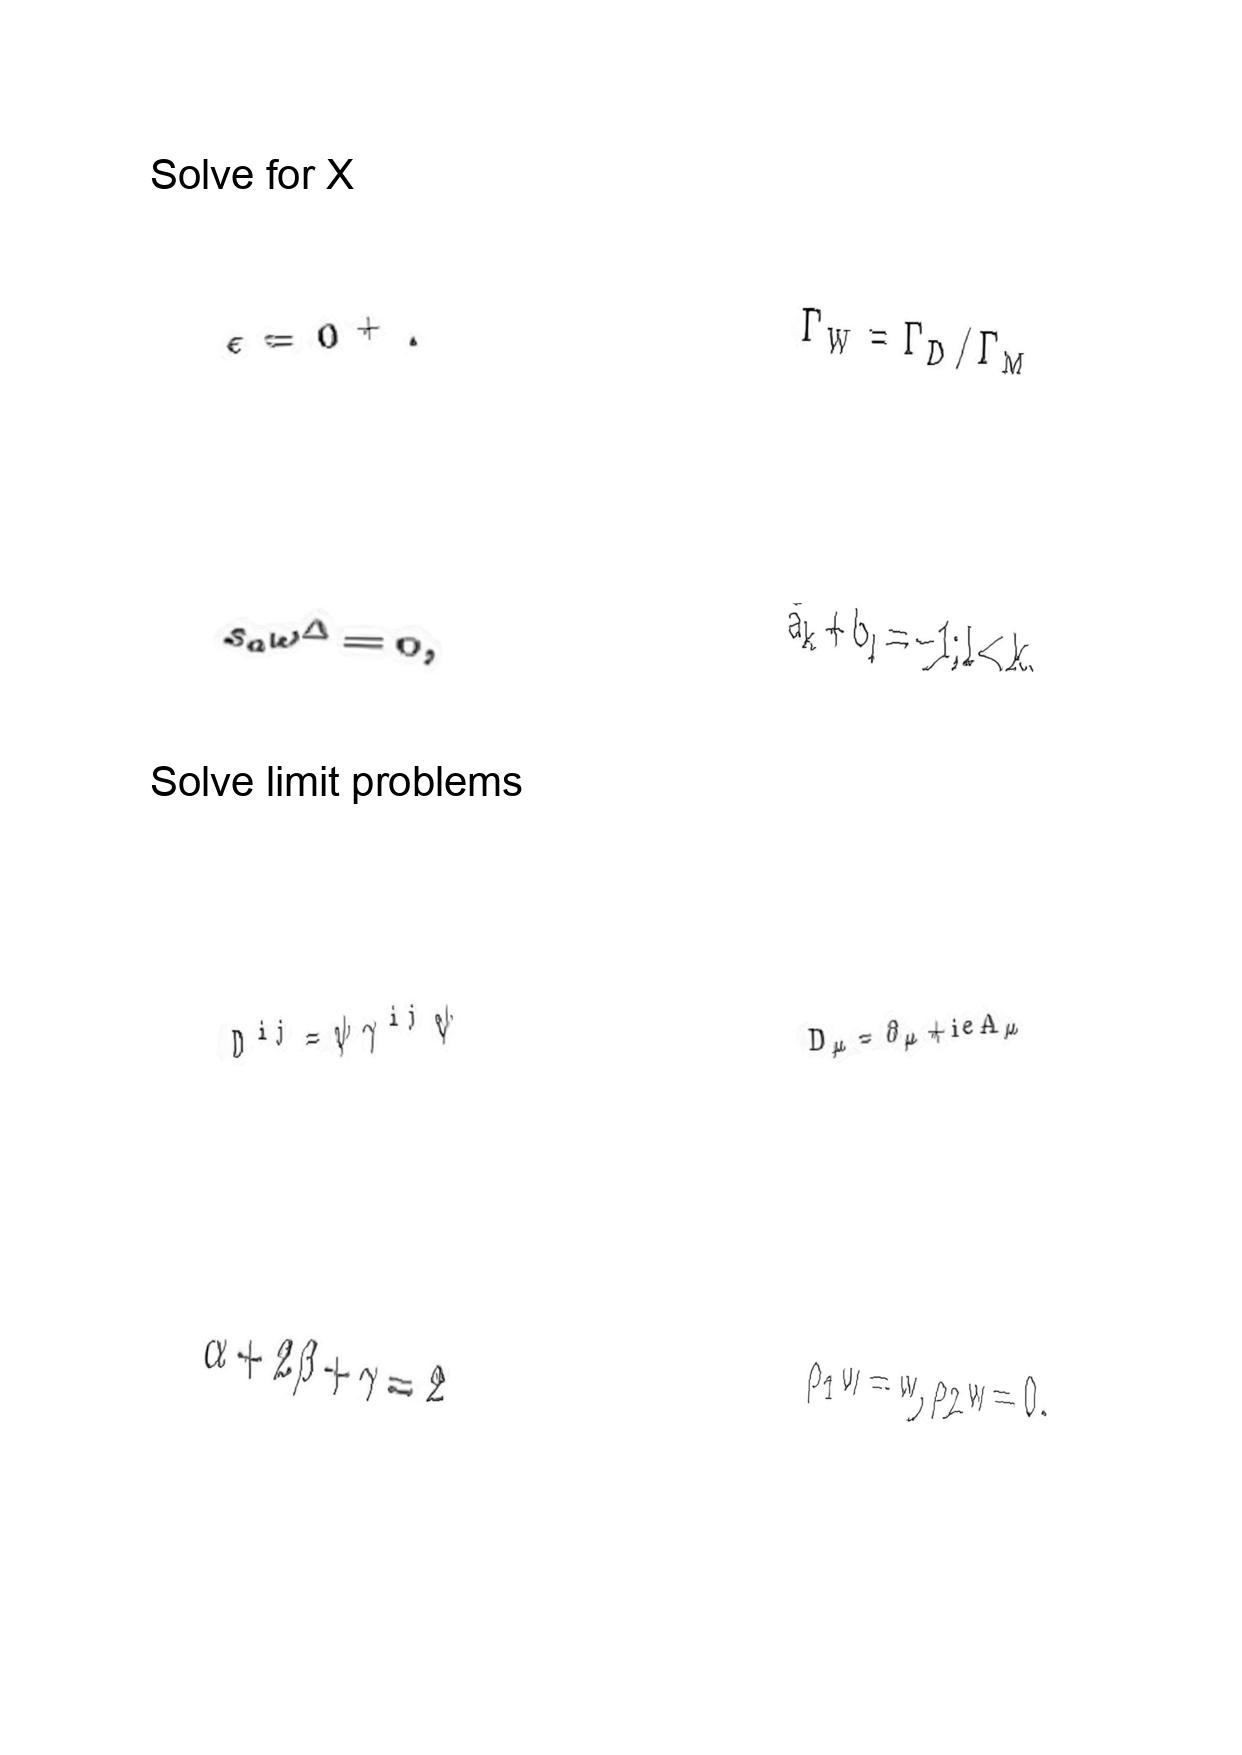
LaTeX transcription:
\epsilon = 0 ^ { + } .
s _ { a } \omega ^ { \Delta } = 0 ,
D ^ { i j } = \psi \gamma ^ { i j } \psi
\alpha + 2 \beta + \gamma = 2
\Gamma _ { W } = \Gamma _ { D } / \Gamma _ { M }
\bar { a } _ { k } + b _ { l } = - 1 ; l \lt k ,
D _ { \mu } = \partial _ { \mu } + i e A _ { \mu }
\rho _ { 1 } w = w , \rho _ { 2 } w = 0 .